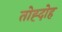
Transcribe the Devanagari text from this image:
तोह्दोह